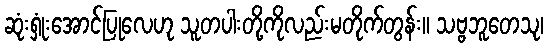
ဆုံးရှုံးအောင်ပြုလေဟု သူတပါးတို့ကိုလည်းမတိုက်တွန်း။ သဗ္ဗဘူတေသု၊